Vital statistics of India. Vol. VI, European troops 1870-79
Year: 1870
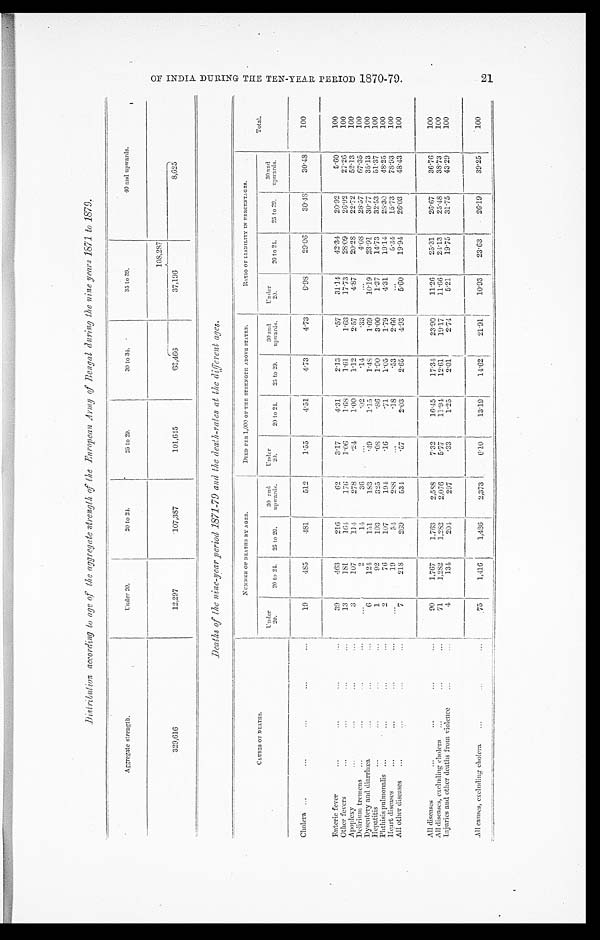
Distribution according to age of the aggregate strength of the European Army of Bengal during the nine years 1871 to 1879.
Aggregate strength.
Under 20.
20 to 24.
25 to 29.
30 to 34.
35 to 39.
40 and upwards.
105,287
329,616
12,297
107,387
101,645
6 2 , 4 6 6
37,196
8,625
N U M B E R O F D E A T H S B Y A G E S .
D I E D P E R 1 , 0 0 0 O F T H E S T R E N G T H A B O V E S T A T E D .
RATIO OF LIABILITY IN PERCENTAGES.
CLUSES OF DEATHS.
Under
20.
20 to 24. 25 to 29.
30 a nd upwa r ds .
U n d e r 2 0 .
20 to 21. 25 to 29.
3 0 a n d u p w a r d s .
Under
20.
20 to 24.
25 to 29.
30 and
upwards.
Total.
Cholera
19
485
481
512
1.55
4.51
4.73
4.73
9.98
29.06
30.48
30.48
100
Enteric fever
39
463
216
62
3.17
4.31
2 . 1 3
.57
31.14
42.34
20.92
5.60
100
Other fevers
13
18 1
164
176
1.06
1.68
1.61
1.63
17.73
28.09
26.92
27.26
100
Apoplexy
3
107
1 1 4
278
. 2 4
1.00
1.12
2.57
4.87
20.28
22.72
52.13
100
D e l i r i u m t r e m e n s
2
14
36
.02
. 1 4
.33
4.08
28.57
67.35
1 0 0
Dysentery and diarrhœa
6
124
151
183
. 4 9
1.15
1.48
1.69
10.19
23.91
30.77
35.13
100
Hepatitis
1
92
193
325
. 0 8
.86
1.90
3.00
1.37
14.73
32.53
51.37
100
P h t h i s i s p u l m o n a l i s
2
76
107
194
. 1 6
.71
1.05
1.79
4.31
19.14
28.30
48.25
100
Heart diseases
19
54
288
.18
.53
2.66
5.34
15.73
78.93
100
All other diseases
7
218
269
534
. 5 7
2.03
2.65
4.93
5.60
19.94
26.03
48.43
100
All diseases
90
1,767
1,763
2,588
7.32
16.45
17.34
23.90
11.26
25.31
26.67
36.76
100
All diseases, excluding cholera
71
1,282
1,282
2,076
5.77
11.94
12.61
19.17
11.66
24.13
25.48
38.73
100
Injuries and other deaths from violence
4
134
204
297
. 3 3
1.25
2.01
2.74
5.21
19.75
31.75
43.29
100
All causes, excluding cholera
75
1,416
1,486
2,373
6 . 1 0 1 3 . 1 9
14.62
2 1 . 9 1
10.93 23.63
26.19
39.25
100